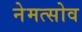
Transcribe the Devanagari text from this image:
नेमत्सोव